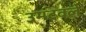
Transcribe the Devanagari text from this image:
उमटवले